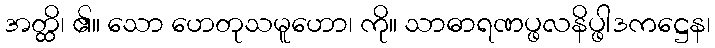
အတ္ထိ၊ ၏။ သော ဟေတုသမူဟော၊ ကို။ သာဓာရဏပ္ဖလနိပ္ဖါဒကဋ္ဌေန၊